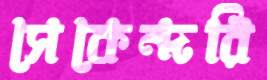
সেকেন্দরি